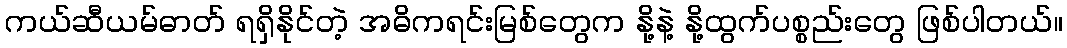
ကယ်ဆီယမ်ဓာတ် ရရှိနိုင်တဲ့ အဓိကရင်းမြစ်တွေက နို့နဲ့ နို့ထွက်ပစ္စည်းတွေ ဖြစ်ပါတယ်။